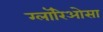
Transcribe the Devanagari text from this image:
ग्लॉरिओसा